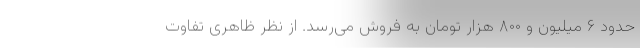
حدود ۶ میلیون و ۸۰۰ هزار تومان به فروش می‌رسد. از نظر ظاهری تفاوت